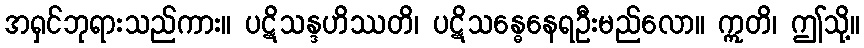
အရှင်ဘုရားသည်ကား။ ပဋိသန္ဒဟိဿတိ၊ ပဋိသန္ဓေနေရဦးမည်လော။ ဣတိ၊ ဤသို့။